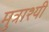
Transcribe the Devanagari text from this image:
मुत्राश्यी